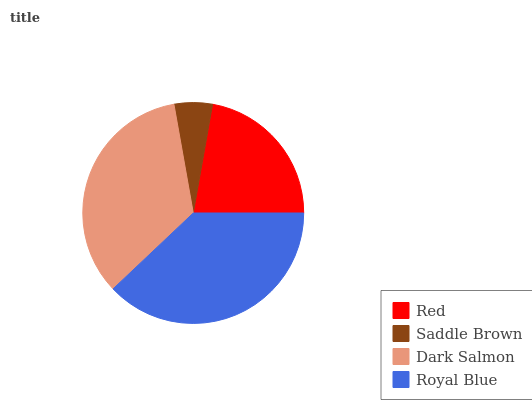
| Red | Saddle Brown | Dark Salmon | Royal Blue |
 | --- | --- | --- | --- |
 | 22.3% | 5.59% | 34.2% | 37.9% |